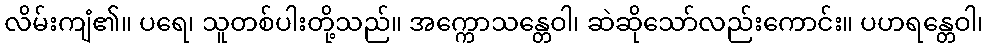
လိမ်းကျံ၏။ ပရေ၊ သူတစ်ပါးတို့သည်။ အက္ကောသန္တေဝါ၊ ဆဲဆိုသော်လည်းကောင်း။ ပဟရန္တေဝါ၊